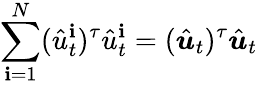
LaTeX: \sum_{\mathbf{i}=1}^{N}(\hat{{u}}_{t}^{\mathbf{i}})^{\tau}\hat{{u}}_{t}^{\mathbf{i}}=(\hat{{\boldsymbol{u}}}_{t})^{\tau}\hat{{\boldsymbol{u}}}_{t}